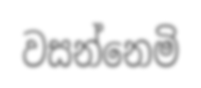
වසන්නෙමි